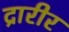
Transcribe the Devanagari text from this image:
द्रारीर